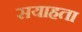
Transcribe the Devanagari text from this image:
सयाहता